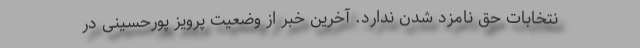
نتخابات حق نامزد شدن ندارد. آخرین خبر از وضعیت پرویز پورحسینی در